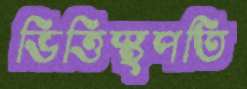
ভিত্তিস্থপতি